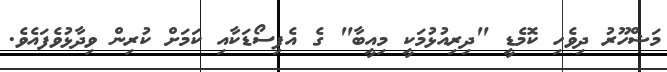
މަޝްހޫރު ދިވެހި ކޮމެޑީ "ދިރިއުޅުމަކީ މިއީބާ" ގެ އެޕިސޯޑަކާއި ކަމަށް ކުރިން ވިދާޅުވެފައެވެ.